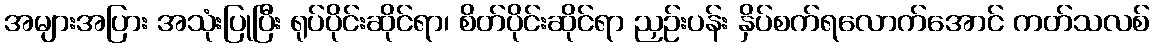
အများအပြား အသုံးပြုပြီး ရုပ်ပိုင်းဆိုင်ရာ၊ စိတ်ပိုင်းဆိုင်ရာ ညှဉ်းပန်း နှိပ်စက်ရလောက်အောင် ကတ်သလစ်